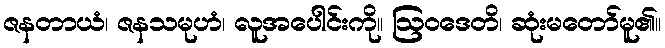
ဇနတာယံ၊ ဇနသမုဟံ၊ လူအပေါင်းကို။ ဩဝဒေတိ၊ ဆုံးမတော်မူ၏။